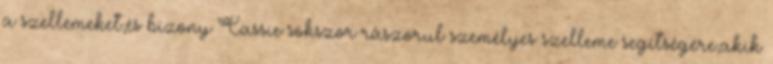
a szellemeket,és bizony Cassie sokszor rászorul személyes szelleme segítségére,akik